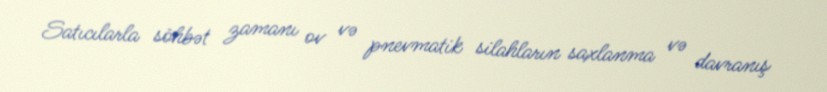
Satıcılarla söhbət zamanı ov və pnevmatik silahların saxlanma və davranış